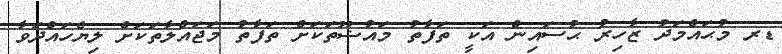
ޑރ މުޙައްމަދު ޒާހިރު ޙުސައިން އަކީ ތަފާތު މައުޟޫތަކަށް ތަފާތު މަޖައްލާތަކަށް ލިޔެހައްދަވާ